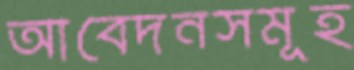
আবেদনসমূহ